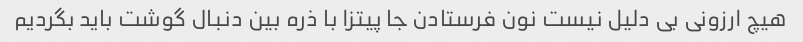
هیچ ارزونی بی دلیل نیست نون فرستادن جا پیتزا با ذره بین دنبال گوشت باید بگردیم